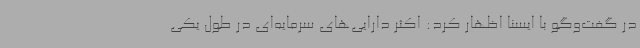
در گفت‌وگو با ایسنا اظهار کرد: اکثر دارایی‌های سرمایه‌ای در طول یکی